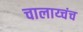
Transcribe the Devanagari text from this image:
चालाय्चंच